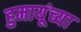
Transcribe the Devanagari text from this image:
हुमायूंच्या